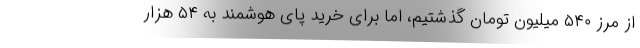
از مرز ۵۴۰ میلیون تومان گذشتیم، اما برای خرید پای هوشمند به ۵۴ هزار